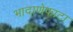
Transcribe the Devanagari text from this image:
भादाणेफाटा